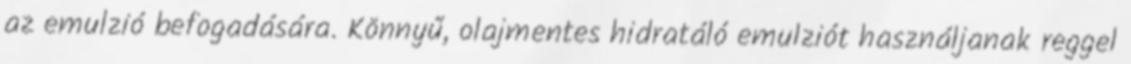
az emulzió befogadására. Könnyű, olajmentes hidratáló emulziót használjanak reggel